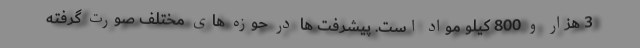
3 هزار و 800 کیلو مواد است. پیشرفت ها در حوزه های مختلف صورت گرفته